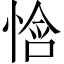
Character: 𫺧